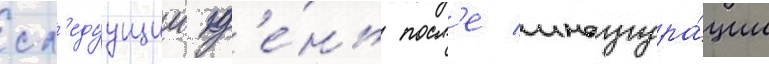
сл'едуущии д'е́нь посл'е инаугура́ции